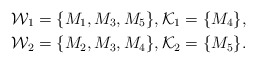
\begin{align*} & \mathcal{W}_1=\{M_1,M_3,M_5\}, \mathcal{K}_1=\{M_4\},\\& \mathcal{W}_2=\{M_2,M_3,M_4\}, \mathcal{K}_2=\{M_5\}.\end{align*}